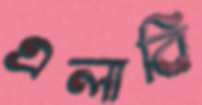
এলাবি